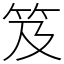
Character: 笈